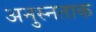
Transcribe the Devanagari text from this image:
अनुस्नताक